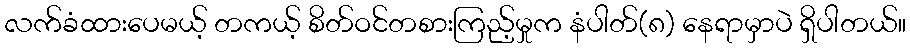
လက်ခံထားပေမယ့် တကယ့် စိတ်ဝင်တစားကြည့်မှုက နံပါတ်(၈) နေရာမှာပဲ ရှိပါတယ်။